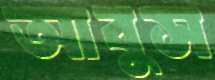
আবুস